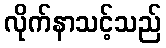
လိုက်နာသင့်သည်